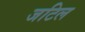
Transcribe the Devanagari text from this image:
जटिल